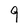
Character: 9